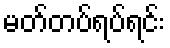
မတ်တပ်ရပ်ရင်း